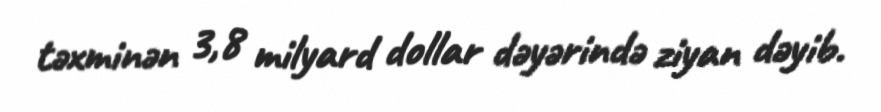
təxminən 3,8 milyard dollar dəyərində ziyan dəyib.